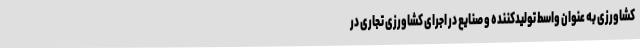
کشاورزی به عنوان واسط تولیدکننده و صنایع در اجرای کشاورزی تجاری در